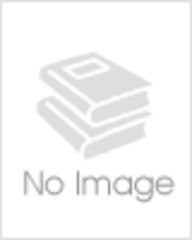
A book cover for The Additives Guide; Christopher C. Hughes; Health, Fitness & Dieting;